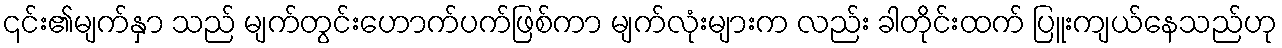
၎င်း၏မျက်နှာ သည် မျက်တွင်းဟောက်ပက်ဖြစ်ကာ မျက်လုံးများက လည်း ခါတိုင်းထက် ပြူးကျယ်နေသည်ဟု